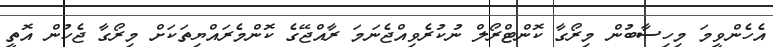
އެހެންވީމަ މިހިސާބުން މިރޯގާ ކޮންޓްރޯލް ނުކުރެވިއްޖެނަމަ ރާއްޖޭގެ ކޮންމެރައްޔިތަކަށް މިރޯގާ ޖެހުން އޮތީ